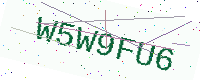
Text: W5W9FU6